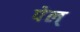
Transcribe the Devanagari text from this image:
पेल्